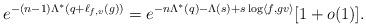
LaTeX: \begin{align*}e^{-(n-1) \Lambda^*(q + \ell_{f,v}(g))} = e^{-n \Lambda^*(q) - \Lambda(s) + s \log \langle f, gv \rangle} [1 + o(1)]. \end{align*}